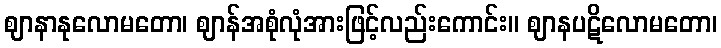
ဈာနာနုလောမတော၊ ဈာန်အစုံလုံအားဖြင့်လည်းကောင်း။ ဈာနပဋိလောမတော၊